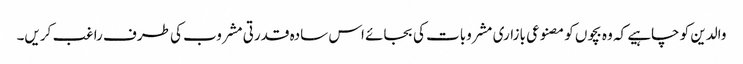
والدین کو چاہیے کہ وہ بچوں کو مصنوعی بازاری مشروبات کی بجائے اس سادہ قدرتی مشروب کی طرف راغب کریں۔